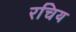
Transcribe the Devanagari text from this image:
रचिय